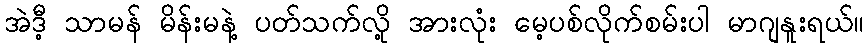
အဲဒီ့ သာမန် မိန်းမနဲ့ ပတ်သက်လို့ အားလုံး မေ့ပစ်လိုက်စမ်းပါ မာဂျနူးရယ်။